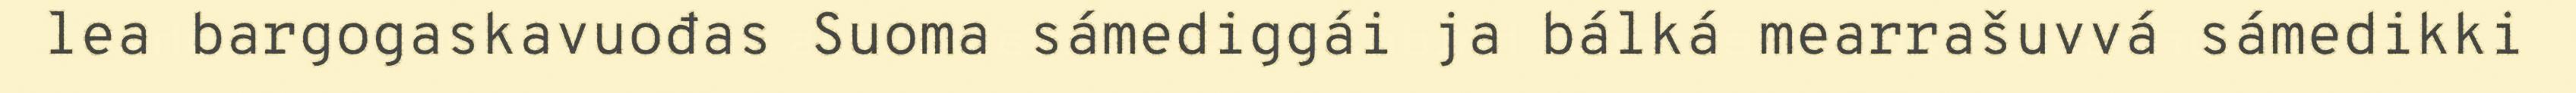
lea bargogaskavuođas Suoma sámediggái ja bálká mearrašuvvá sámedikki